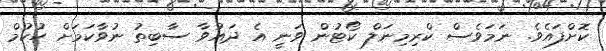
ކޮށްފައެވެ. ނަމަވެސް ކްރިމިނަލް ކޯޓުން ވަނީ އެ ދައުވާ ސާބިތު ނުވާކަމަށް ހުކުމް